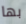
بها